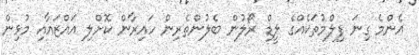
އެންމެ ގިނަ ފިލްމުތަކެއްގެ ލީޑް ރޯލުން ބެލުންތެރިން ހައިރާން ކޮށްލި އައްޒައާއި މުޅިން